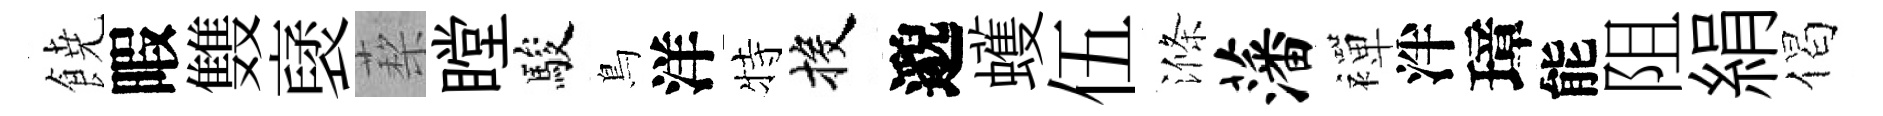
𩜙暇䨇裦蔾瞠駿鳥洋特投邈蠖伍滌藩襌泮璋能阻絹偈